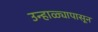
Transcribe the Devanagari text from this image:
उन्हाळ्यापासून